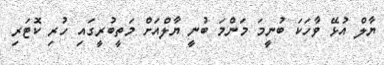
ޔާލް އުޅޭ ވާހަކަ ބުނީމަ މަންމަ ބުނީ ޔާލްއަށް މަތީބުރީގައި ހުރި ކޮޓަރި